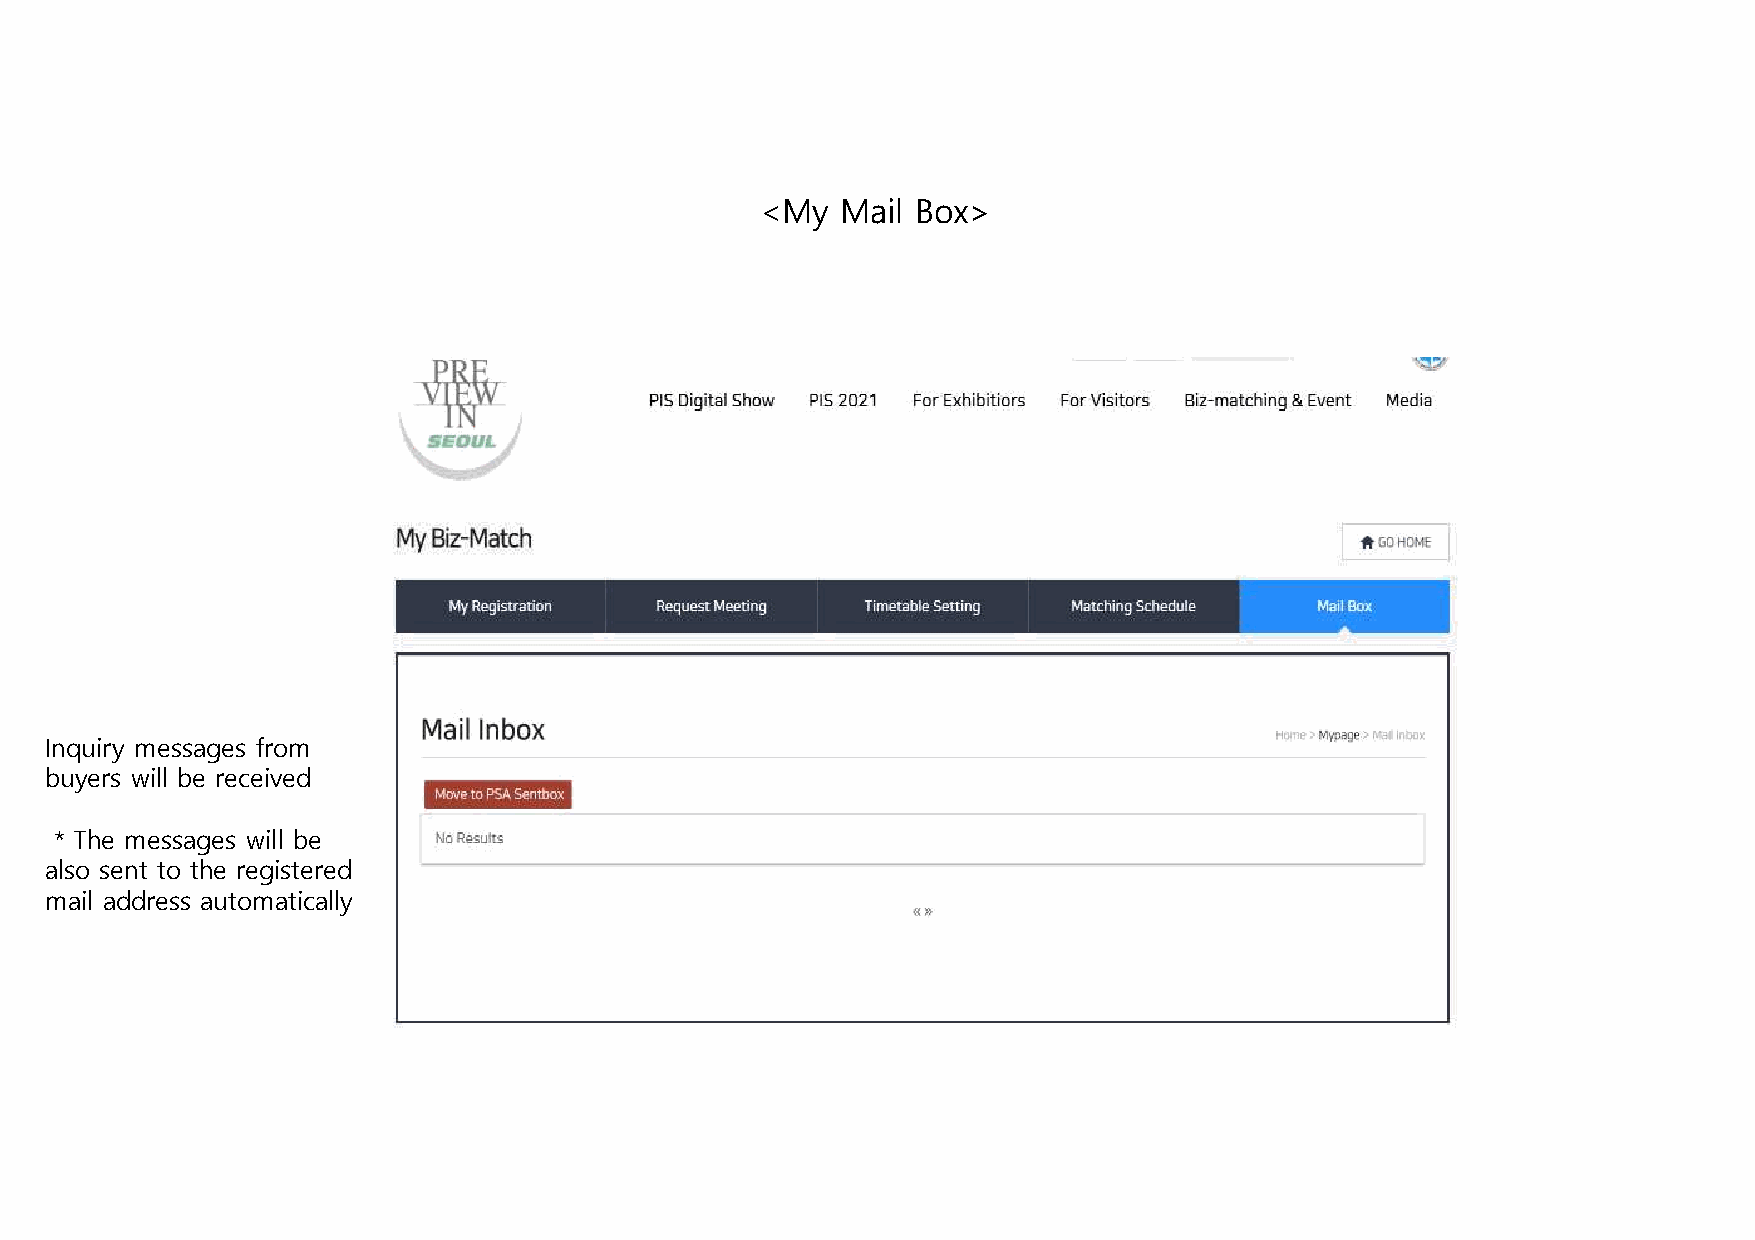
<My   Mail Box>
 Inquiry messages from
 buyers will be received
 * The messages will be
 also sent to the registered
 mail address automatically